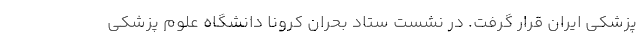
پزشکی ایران قرار گرفت. در نشست ستاد بحران کرونا دانشگاه علوم پزشکی